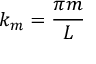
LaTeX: k _ { m } = { \frac { \pi m } { L } }